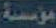
مؤسسة